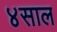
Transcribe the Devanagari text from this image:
४साल